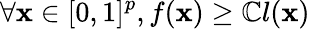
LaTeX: \forall\mathbf{x}\in[0,1]^{p},f(\mathbf{x})\geq\mathbb{{C}}l(\mathbf{x})